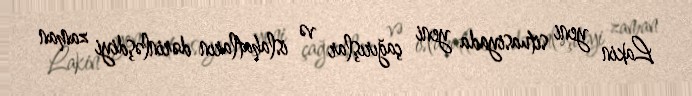
Lakin yeni situasiyada yeni çağırışlar və islahatların dərinləşdiyi zaman